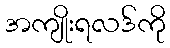
အကျိုးရလဒ်ကို